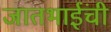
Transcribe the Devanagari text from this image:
जातभाईंची